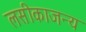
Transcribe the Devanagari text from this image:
लसीकाजन्य